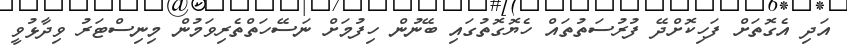
އަދި އެގޮތަށް ފަހިކޮށްދޭ ފުރުސަތުތައް ހެޔޮގޮތުގައި ބޭނުން ހިފުމަށް ނަސޭހަތްތެރިވަމުން މިނިސްޓަރު ވިދާޅުވީ